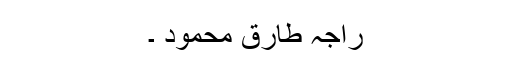
راجہ طارق محمود ۔